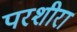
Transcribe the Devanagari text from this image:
परशीरा